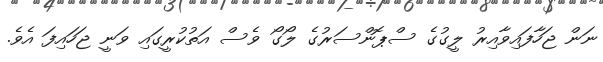
ނަން ޖަހާފައިވާއިރު ލީގުގެ ސްޕޮންސަރުގެ ލޯގޯ ވެސް އަތުކުރީގައި ވަނީ ޖަހައިފަ އެވެ.